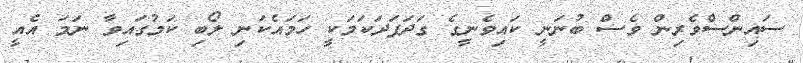
ސައިންސްވެރިން ވެސް ބުނަނީ ކައިވެނީގެ ގަދަފަދަކަމަކީ ހަމައެކަނި ލޯބި ކަމުގައިވާ ނަމަ އެއީ